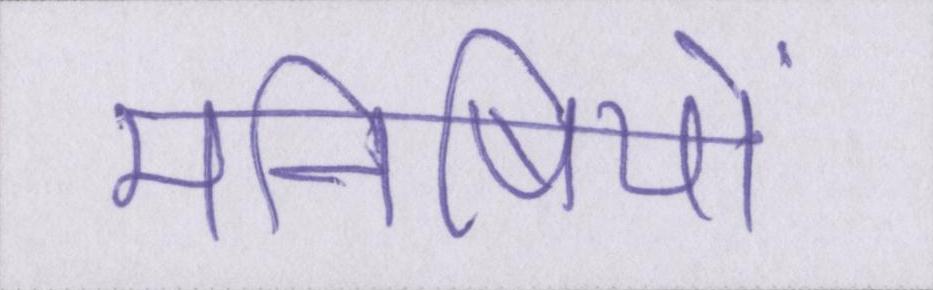
मनीषियों